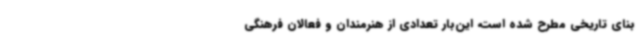
بنای تاریخی مطرح شده است، این‌بار تعدادی از هنرمندان و فعالان فرهنگی